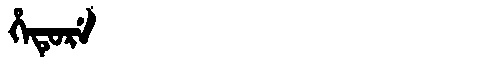
Manchu: ᡥᡝᡨᡠᡵᡝ
Romanization: HETURE